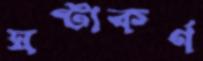
ঘণ্টাকর্ণ